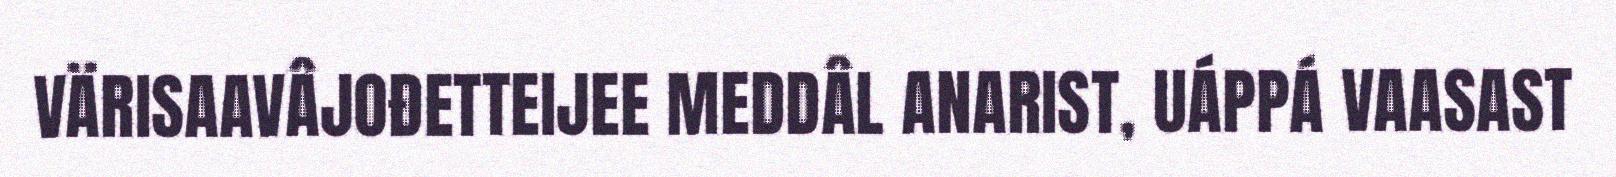
VÄRISAAVÂJOĐETTEIJEE MEDDÂL ANARIST, UÁPPÁ VAASAST